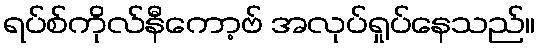
ရပ်စ်ကိုလ်နီကော့ဗ် အလုပ်ရှုပ်နေသည်။